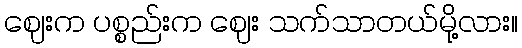
ဈေးက ပစ္စည်းက ဈေး သက်သာတယ်မို့လား။